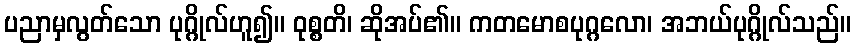
ပညာမှလွတ်သော ပုဂ္ဂိုလ်ဟူ၍။ ဝုစ္စတိ၊ ဆိုအပ်၏။ ကတမောစပုဂ္ဂလော၊ အဘယ်ပုဂ္ဂိုလ်သည်။